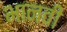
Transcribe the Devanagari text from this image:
भानवी